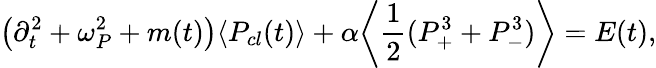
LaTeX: \left(\partial_{t}^{2}+\omega_{P}^{2}+m(t)\right)\langle P_{cl}(t)\rangle+\alpha\biggl\langle\frac{1}{2}(P_{+}^{3}+P_{-}^{3})\biggr\rangle=E(t),